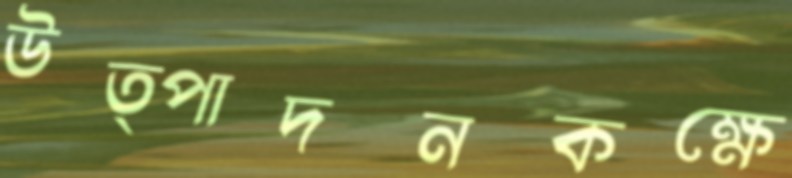
উত্পাদনকক্ষে